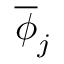
\overline { { \phi } } _ { j }